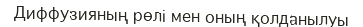
Диффузияның рөлі мен оның қолданылуы